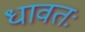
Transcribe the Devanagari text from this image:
धावतः